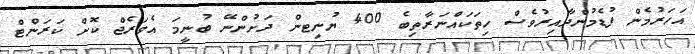
އަހަރުމެން ފުޑެމުންދާއިރުވެސް ހިތަކައްނަރާތިބެ 400 ޔުނިޓން ދަށުންނޭ ބުނީމަ އެވަރެޖް ކޮށް ކަރަންޓް